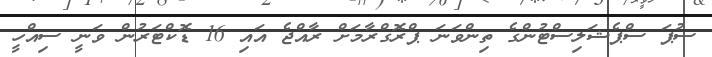
ސުޕަ ސްޕެޝަލިސްޓުންގެ ތިންވަނަ ޕްރޮގްރާމަށް ރާއްޖެ އައި 16 ޑޮކްޓަރުން ވަނީ ސިއްހީ